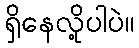
ရှိနေလို့ပါပဲ။